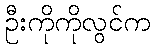
ဦးကိုကိုလွင်က